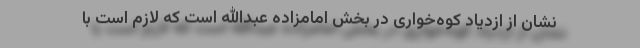
نشان از ازدیاد کوه‌خواری در بخش امامزاده عبدالله است که لازم است با